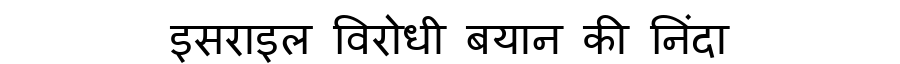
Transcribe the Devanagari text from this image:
इसराइल विरोधी बयान की निंदा